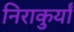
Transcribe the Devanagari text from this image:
निराकुर्यां